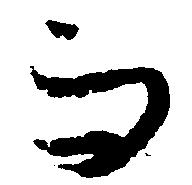
而